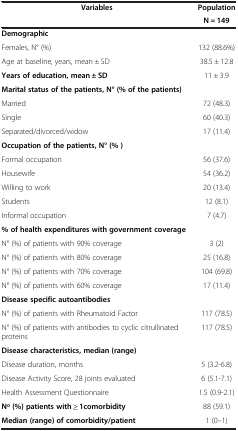
<table><thead><tr><td><b>Variables</b></td><td><b>Population</b></td></tr><tr><td><b> </b></td><td><b>N = 149</b></td></tr></thead><tbody><tr><td><b>Demographic</b></td><td> </td></tr><tr><td>Females, N° (%)</td><td>132 (88.6%)</td></tr><tr><td>Age at baseline, years, mean ± SD</td><td>38.5 ± 12.8</td></tr><tr><td><b>Years of education, mean ± SD</b></td><td>11 ± 3.9</td></tr><tr><td><b>Marital status of the patients, N° (% of the patients)</b></td><td> </td></tr><tr><td>Married</td><td>72 (48.3)</td></tr><tr><td>Single</td><td>60 (40.3)</td></tr><tr><td>Separated/divorced/widow</td><td>17 (11.4)</td></tr><tr><td><b>Occupation of the patients, N° (% )</b></td><td> </td></tr><tr><td>Formal occupation</td><td>56 (37.6)</td></tr><tr><td>Housewife</td><td>54 (36.2)</td></tr><tr><td>Willing to work</td><td>20 (13.4)</td></tr><tr><td>Students</td><td>12 (8.1)</td></tr><tr><td>Informal occupation</td><td>7 (4.7)</td></tr><tr><td><b>% of health expenditures with government coverage</b></td><td> </td></tr><tr><td>N° (%) of patients with 90% coverage</td><td>3 (2)</td></tr><tr><td>N° (%) of patients with 80% coverage</td><td>25 (16.8)</td></tr><tr><td>N° (%) of patients with 70% coverage</td><td>104 (69.8)</td></tr><tr><td>N° (%) of patients with 60% coverage</td><td>17 (11.4)</td></tr><tr><td><b>Disease specific autoantibodies</b></td><td> </td></tr><tr><td>N° (%) of patients with Rheumatoid Factor</td><td>117 (78.5)</td></tr><tr><td>N° (%) of patients with antibodies to cyclic citrullinated proteins</td><td>117 (78.5)</td></tr><tr><td><b>Disease characteristics, median (range)</b></td><td> </td></tr><tr><td>Disease duration, months</td><td>5 (3.2-6.8)</td></tr><tr><td>Disease Activity Score, 28 joints evaluated</td><td>6 (5.1-7.1)</td></tr><tr><td>Health Assessment Questionnaire</td><td>1.5 (0.9-2.1)</td></tr><tr><td><b>N∘ (%) patients with ≥ 1comorbidity</b></td><td>88 (59.1)</td></tr><tr><td><b>Median (range) of comorbidity/patient</b></td><td>1 (0–1)</td></tr></tbody></table>